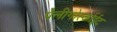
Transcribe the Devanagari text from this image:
पैलीगोर्स्काईट